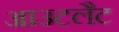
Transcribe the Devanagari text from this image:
आउटलैट